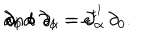
LaTeX: \partial _ { 0 } \circ \partial _ { \alpha } = \partial _ { \alpha } \hspace { 1 c m } \mathrm { a n d } \hspace { 1 c m } \partial _ { 1 } \circ \partial _ { 1 } = e ^ { t ^ { 1 } } \, \partial _ { 0 } .